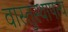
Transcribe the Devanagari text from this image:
वास्तुस्थापत्य